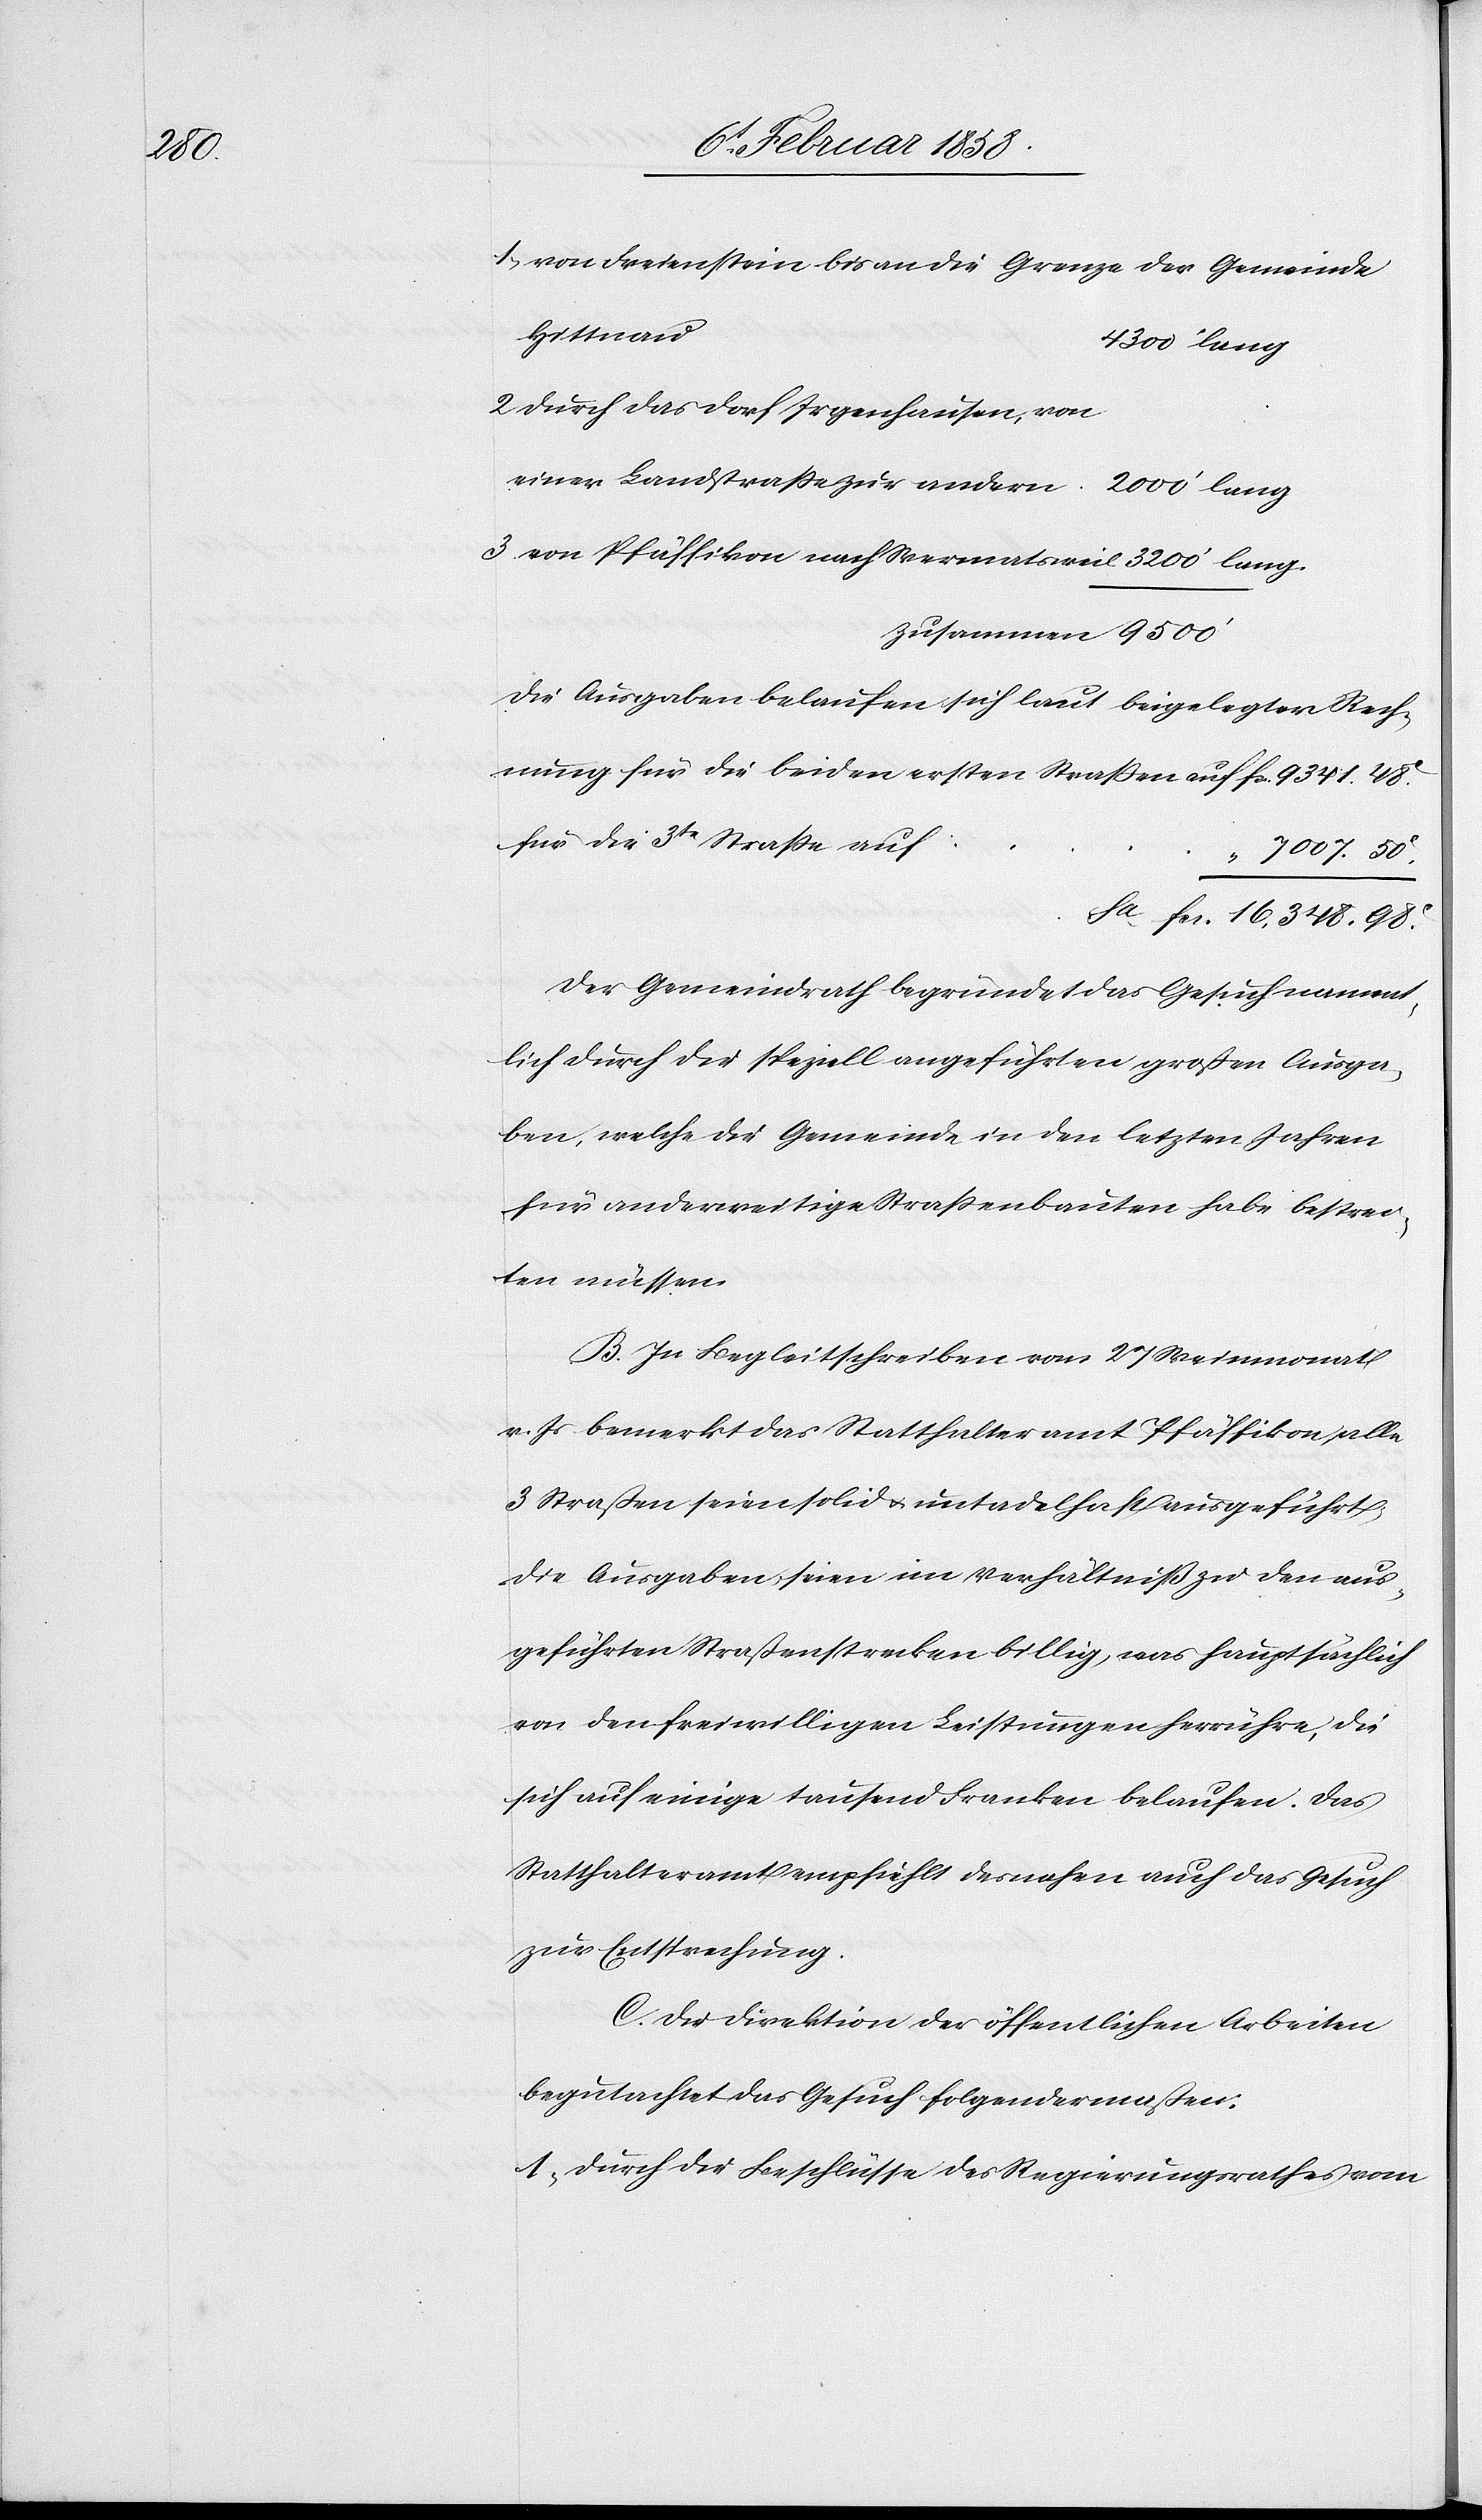
48

1. von Freienstein bis an die Grenze der Gemeinde
Hittnau
3200’ lang
2. durch das Dorf Irgenhausen, von
Die Ausgaben belaufen sich laut beigelegter Rech¬
nung für die beiden ersten Straßen auf
für die 3te Straße auf
“ 7007. 50
fcs. 16,348. 98
Der Gemeindrath begründet das Gesuch nament¬
lich durch die speziell angeführten großen Ausga¬
ben, welche die Gemeinde in den letzten Jahren
für anderweitige Straßenbauten habe bestrei¬
ten müssen.
B. In Begleitschreiben vom 27 Weinmonat
v. Js bemerkt das Statthalteramt Pfäffikon alle
3 Straßen seien solid u. untadelhaft ausgeführt.
Die Ausgaben seien im Verhältniß zu den aus¬
geführten Straßenstrecken billig, was hauptsächlich
von den freiwilligen Leistungen herrühre, die
sich auf einige tausend Franken belaufen. Das
Statthalteramt empfiehlt desnahen auch das Gesuch
zur Entsprechung.
C. Die Direktion der öffentlichen Arbeiten
begutachtet das Gesuch folgendermaßen:
1. Durch die Beschlüsse des Regierungsrathes vom